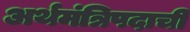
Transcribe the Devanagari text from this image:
अर्थमंत्रिपदाची